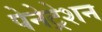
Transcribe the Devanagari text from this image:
पेनेट्रेशन